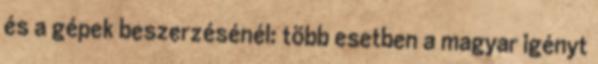
és a gépek beszerzésénél: több esetben a magyar igényt